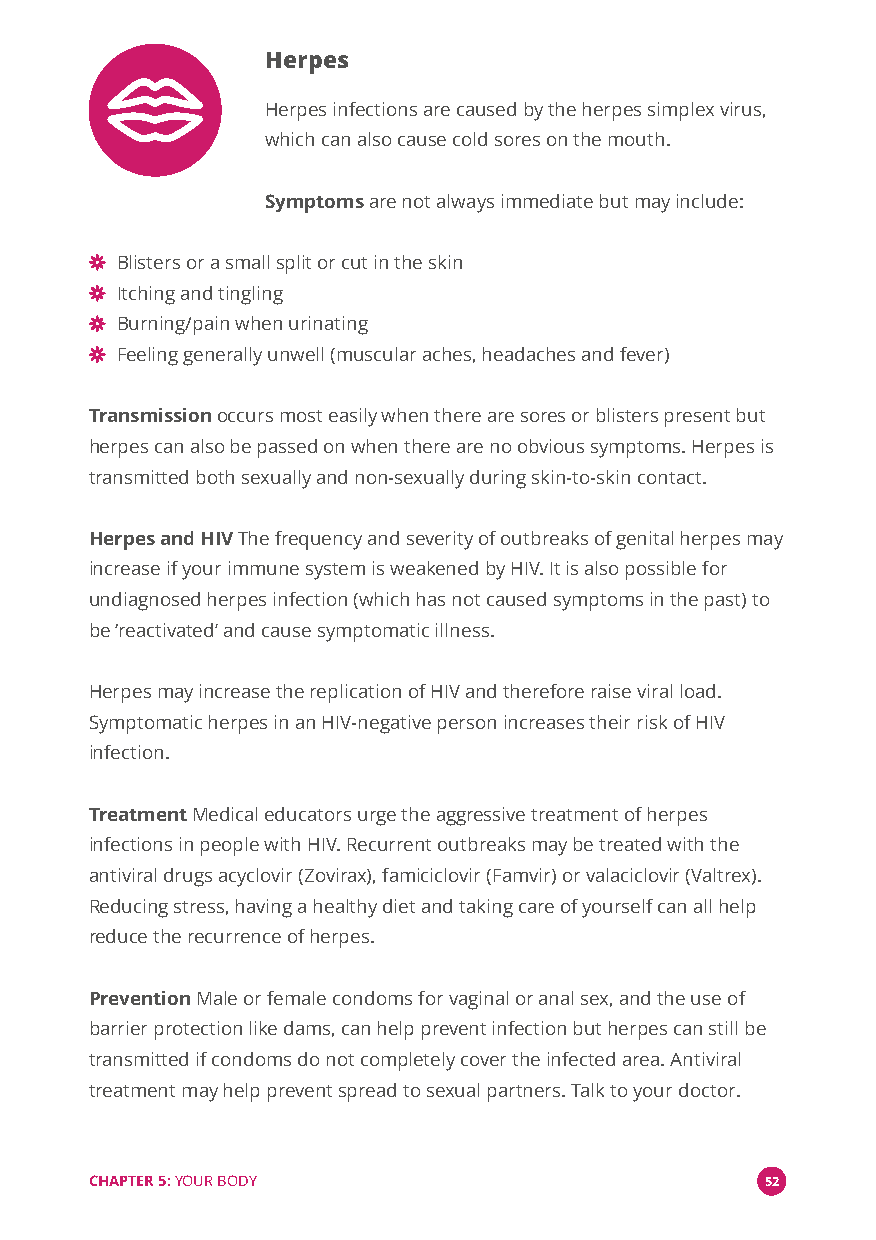
Herpes
 Herpes infections are caused by the herpes simplex virus,
 which can also cause cold sores on the mouth.
 Symptomsare not always immediate but may include:
 Blisters or a small split or cut in the skin
 Itching and tingling
 Burning/pain when urinating
 Feeling generally unwell (muscular aches, headaches and fever)
 Transmissionoccurs most easily when there are sores or blisters present but
 herpes can also be passed on when there are no obvious symptoms. Herpes is
 transmitted both sexually and non-sexually during skin-to-skin contact.
 Herpes and HIVThe frequency and severity of outbreaks of genital herpes may
 increase if your immune system is weakened by HIV. It is also possible for
 undiagnosed herpes infection (which has not caused symptoms in the past) to
 be‘reactivated’and cause symptomatic illness.
 Herpes may increase the replication of HIV and therefore raise viral load.
 Symptomatic herpes in an HIV-negative person increases their risk of HIV
 infection.
 TreatmentMedical educators urge the aggressive treatment of herpes
 infections in people with HIV. Recurrent outbreaks may be treated with the
 antiviral drugs acyclovir (Zovirax), famiciclovir (Famvir) or valaciclovir (Valtrex).
 Reducing stress, having a healthy diet and taking care of yourself can all help
 reduce the recurrence of herpes.
 PreventionMale or female condoms for vaginal or anal sex, and the use of
 barrier protection like dams, can help prevent infection but herpes can still be
 transmitted if condoms do not completely cover the infected area. Antiviral
 treatment may help prevent spread to sexual partners. Talk to your doctor.
 CHAPTER 5:YOUR BODY                          52